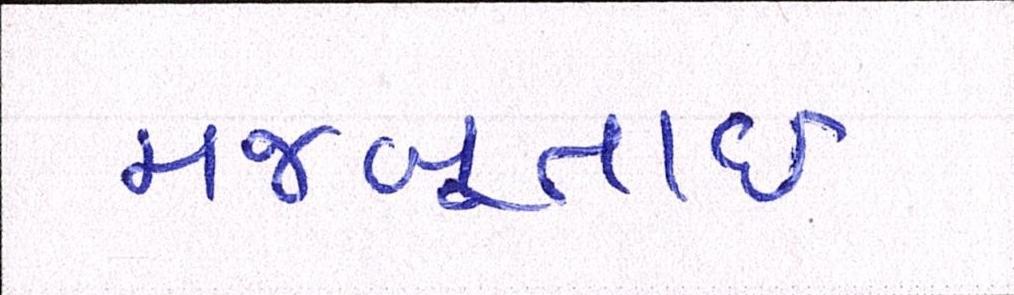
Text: મજબૂતાઈ